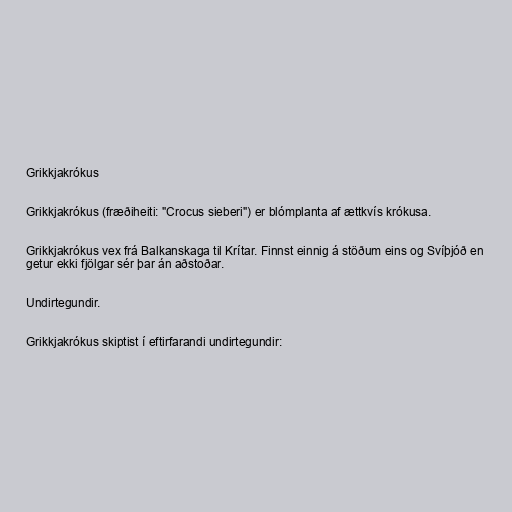
Grikkjakrókus

Grikkjakrókus (fræðiheiti: "Crocus sieberi") er blómplanta af ættkvís krókusa.

Grikkjakrókus vex frá Balkanskaga til Krítar. Finnst einnig á stöðum eins og Svíþjóð en
getur ekki fjölgar sér þar án aðstoðar.

Undirtegundir.

Grikkjakrókus skiptist í eftirfarandi undirtegundir: